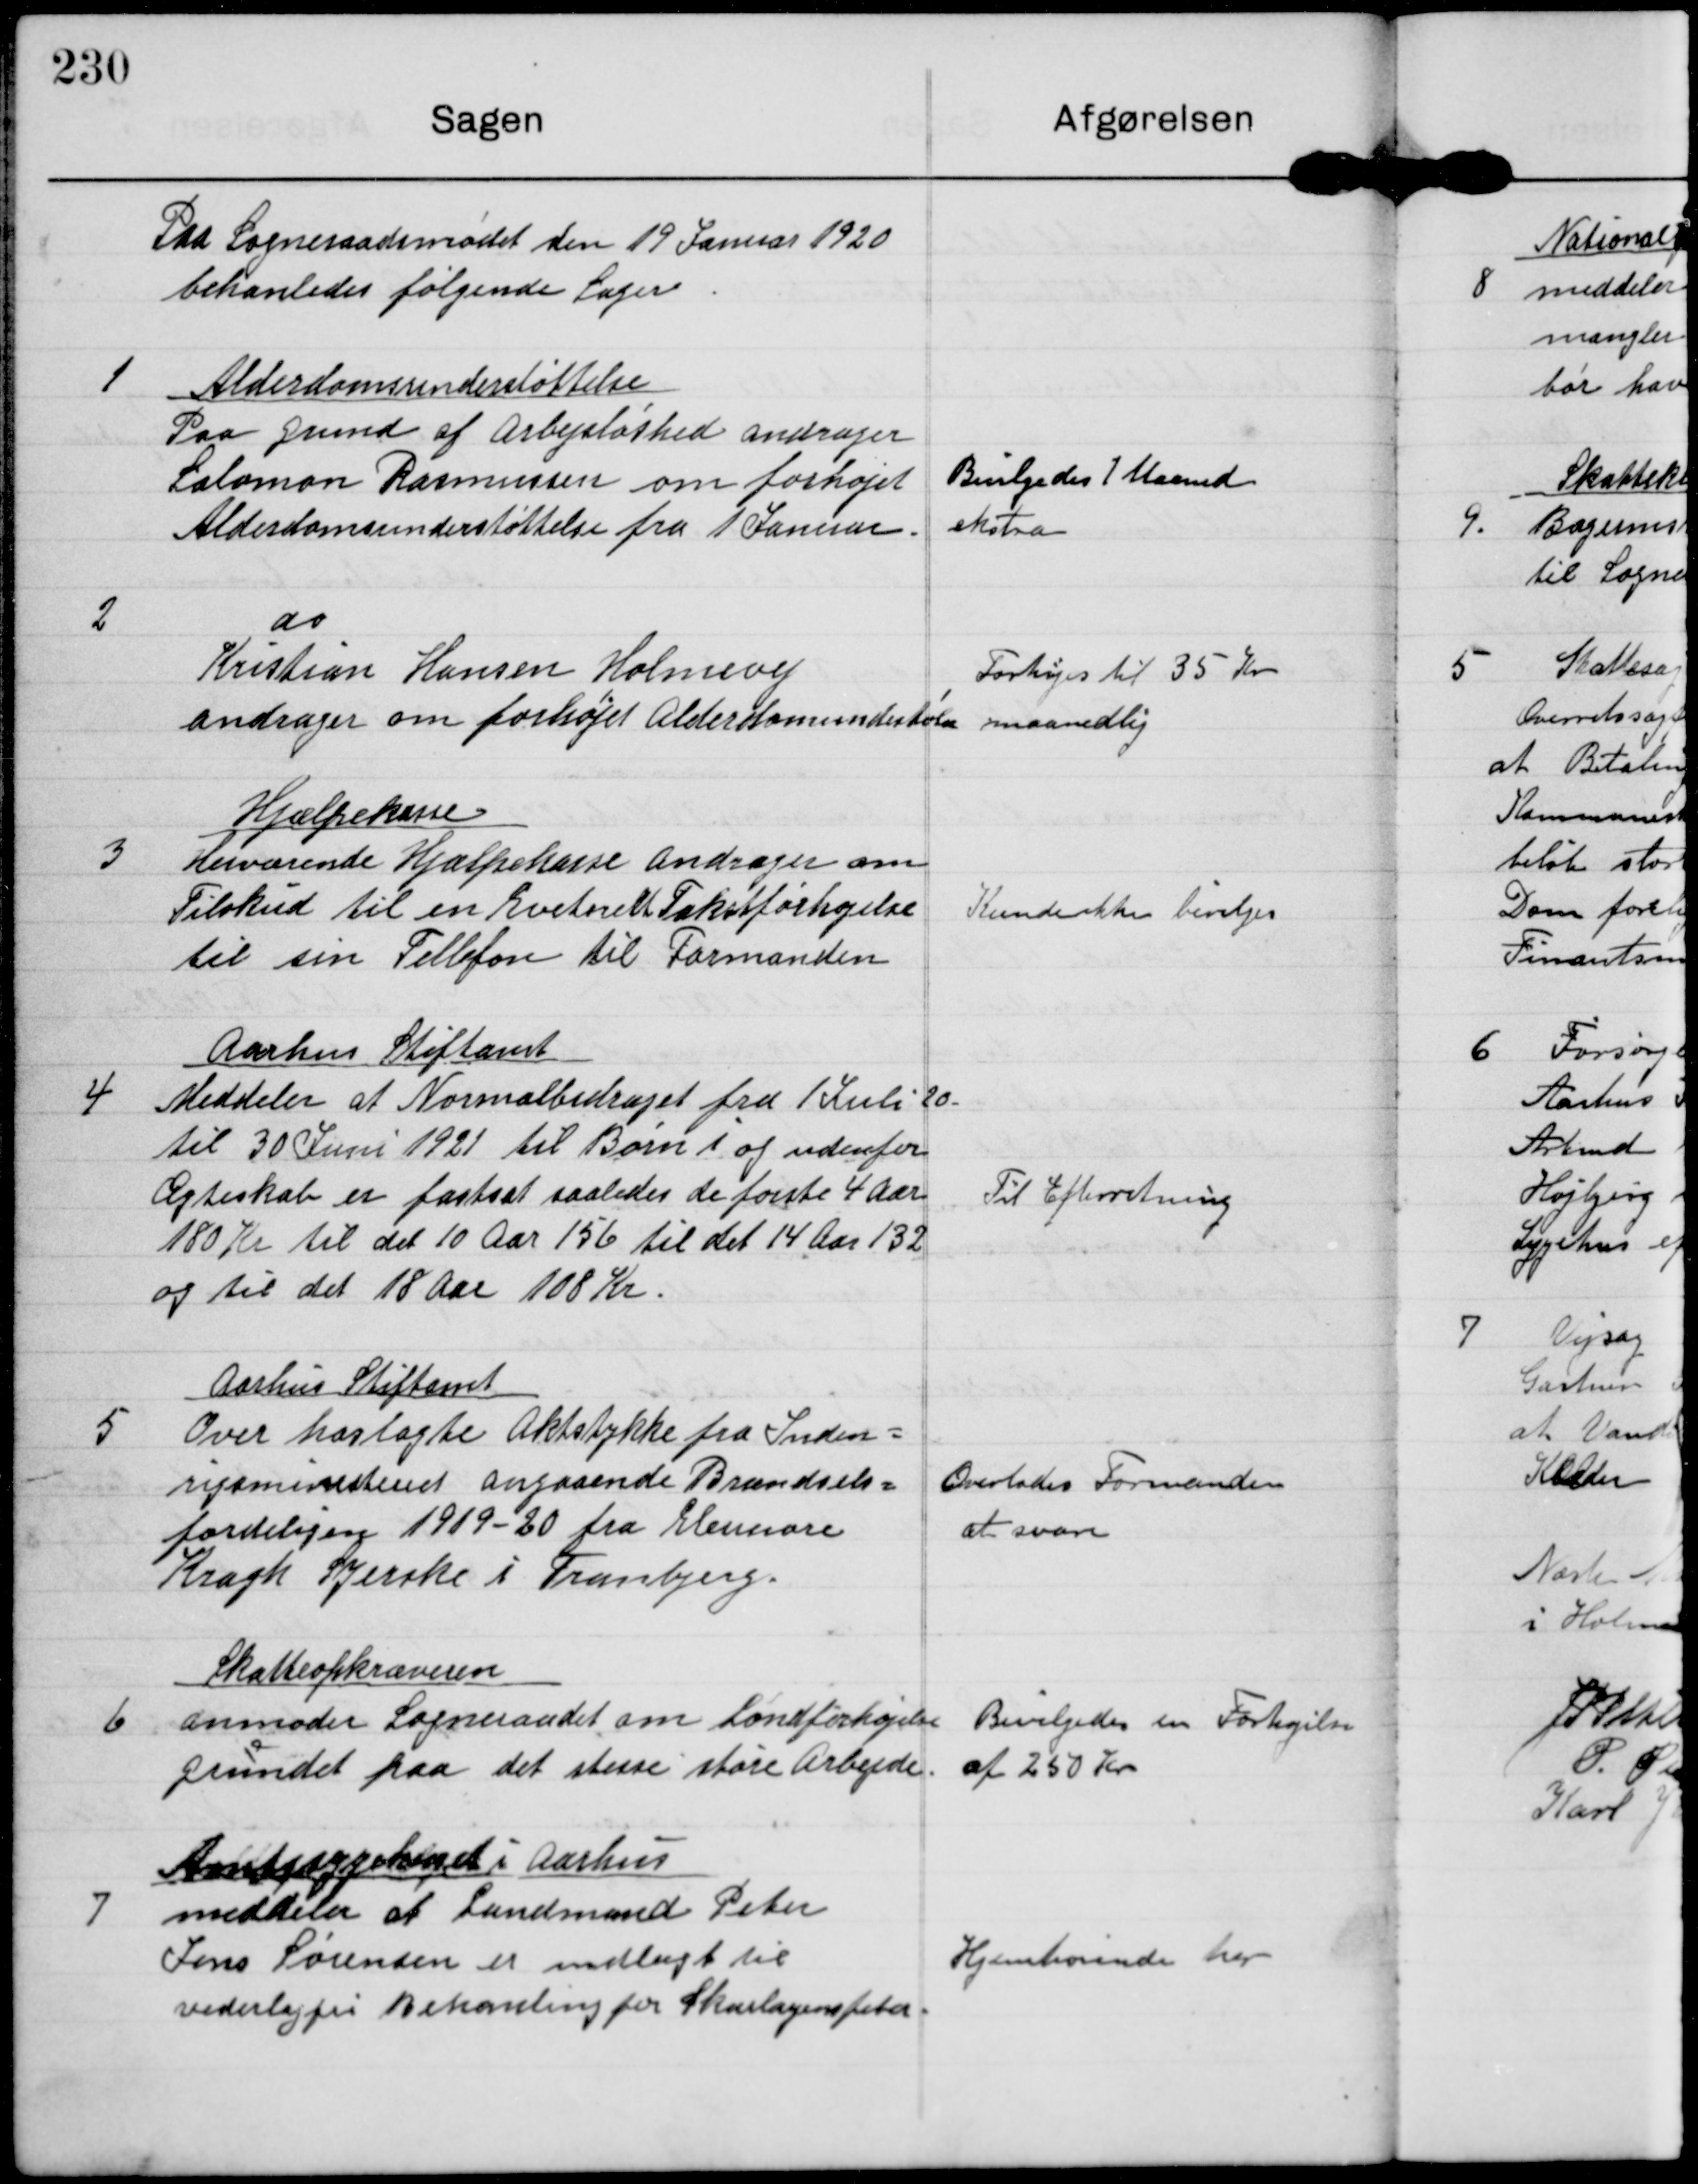
Transskription:
Paa Sogneraadsmødet den 19 Januar 1920
behanledes følgende Sager

1

Alderdomsunderstøttelse
Paa grund af Arbejdsløshed andrager
Solomon Rasmussen om forhøjet
Alderdomsunderstøttelse fra 1 Januar.

Bevilgedes 1 Maaned
ekstra

2

do
Kristian Hansen Holmevej
andrager om forhøjet Alderdomsunderstøt.

Forhøjes til 35 Kr
maanedlig

3

Hjælpekasse
Herværende Hjælpekasse andrager om
Tilskud til en  Takstforhøjelse
til sin Tellefon til Formanden

Kunde ikke bevilges

4

Aarhus Stiftamt
Meddeler at Normalbidraget fra 1 Juli 20
til 30 Juni 1921 til Børn i og udenfor
Ægteskab er fastsat saaledes de første 4 Aar
180 Kr til det 10 Aar 156 til det 14 Aar 132
og til det 18 Aar 108 Kr.

Til Efterretning.

5

Aarhus Stiftamt
Over hoslagte Aktstykke fra Inden=
rigsministeriet angaaende Brændsels=
fordeligen 1919-20 fra Elennore
Kragh Syerske i Tranbjerg.

Overlodes Formanden
at svare

6

Skatteopkræveren
anmoder Sogneraadet om Løndforhøjelse
grundet paa det stesse støre Arbejde.

Bevilgedes en Forhøjelse
af 250 Kr.

7

Amtssygehuset i Aarhus
meddeler at Landmand Peter
Jens Sørensen er indlagt til
vederlagsfri Behandling for Skarlagensfeber.

Hjemhørende her